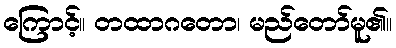
ကြောင့်။ တထာဂတော၊ မည်တော်မူ၏။